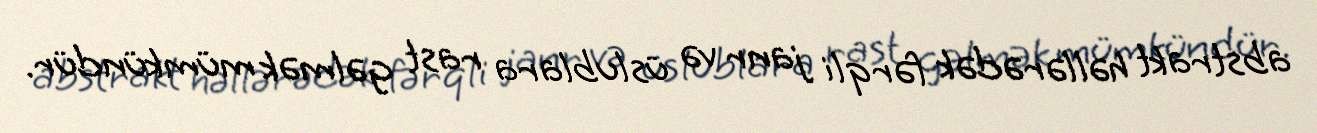
abstrakt həllərədək fərqli janr və üslublara rast gəlmək mümkündür.